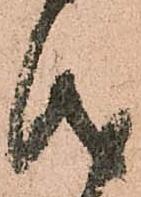
儀